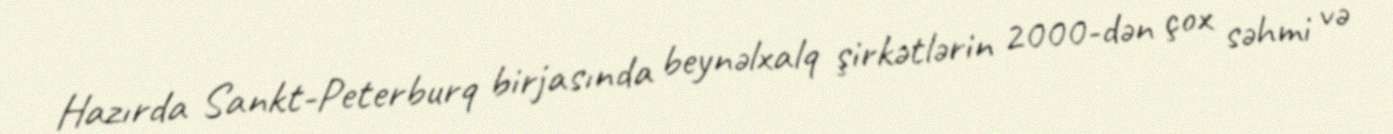
Hazırda Sankt-Peterburq birjasında beynəlxalq şirkətlərin 2000-dən çox səhmi və